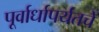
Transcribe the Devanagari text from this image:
पूर्वार्धापर्यंतचे